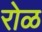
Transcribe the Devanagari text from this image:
रोळ